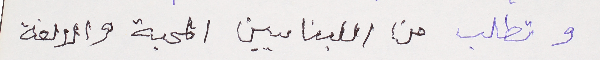
وتطلب من اللبنايين المحبة والالفة